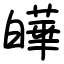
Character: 皣